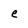
Character: e